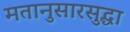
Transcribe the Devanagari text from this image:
मतानुसारसुद्धा